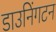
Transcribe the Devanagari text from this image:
डाउनिंगटन